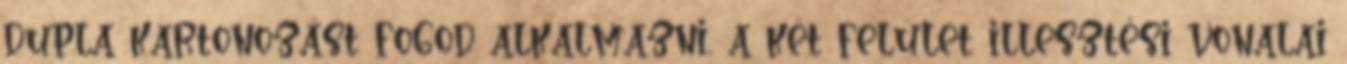
dupla kartonozást fogod alkalmazni, a két felület illesztési vonalai